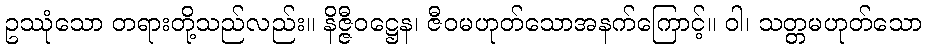
ဥဿုံသော တရားတို့သည်လည်း။ နိဇ္ဇီဝဋ္ဌေန၊ ဇီဝမဟုတ်သောအနက်ကြောင့်။ ဝါ၊ သတ္တမဟုတ်သော